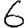
Digit: 6